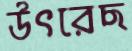
উৎরেছ